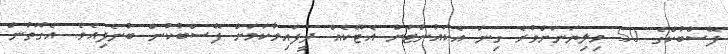
ފޭސްބުކްގެ 50 މިލިޔަނަށްވުރެ ގިނަ އެކައުންޓަށް އެޓޭކެއް ދީފައިވާކަމަށް ފޭސްބުކުން ބުނެފިއެވެ. އެގޮތުން